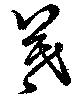
羲